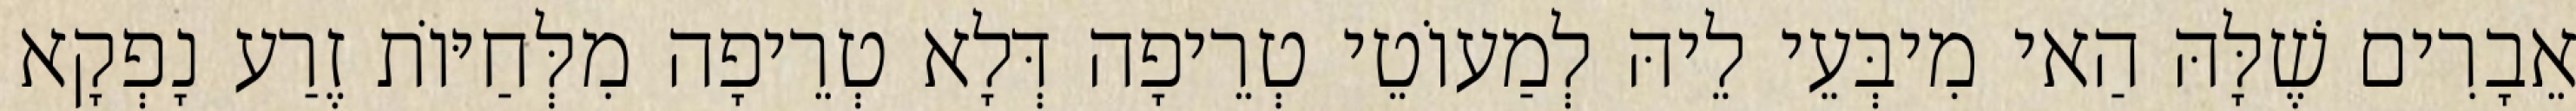
אֵבָרִים שֶׁלָּהּ הַאי מִיבְּעֵי לֵיהּ לְמַעוֹטֵי טְרֵיפָה דְּלָא טְרֵיפָה מִלְּחַיּוֹת זֶרַע נָפְקָא